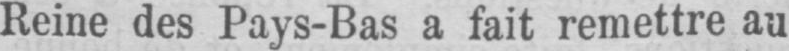
Reine des Pays-Bas a fait remettre au